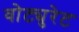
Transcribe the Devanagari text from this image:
वोट्युरेट